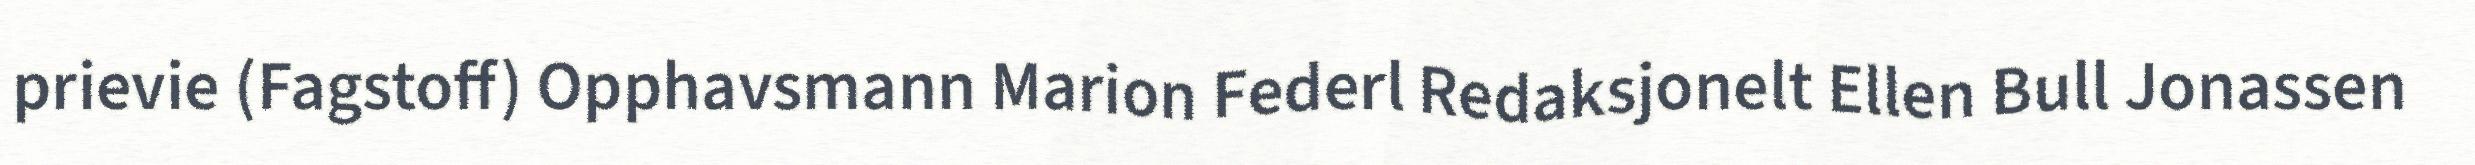
prievie (Fagstoff) Opphavsmann Marion Federl Redaksjonelt Ellen Bull Jonassen